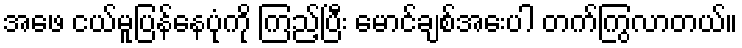
အဖေ ငယ်မူပြန်နေပုံကို ကြည့်ပြီး မောင်ချစ်အေးပါ တက်ကြွလာတယ်။